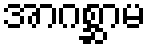
အာဂစ္ဆာမ